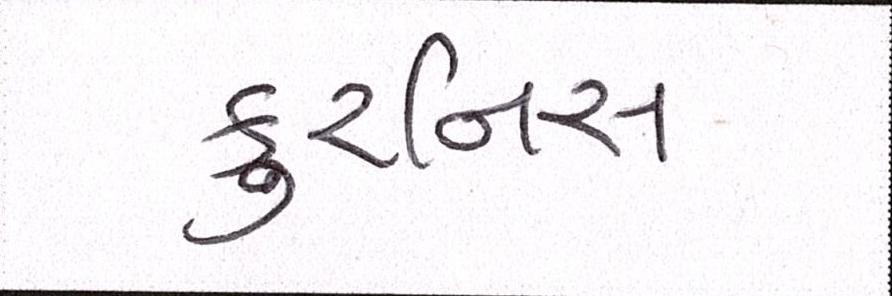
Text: કુરનિસ